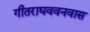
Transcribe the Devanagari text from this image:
गीतराघववनवास